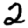
Digit: 2